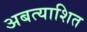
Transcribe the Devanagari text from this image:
अबत्याशित